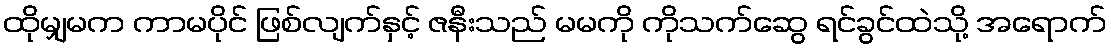
ထိုမျှမက ကာမပိုင် ဖြစ်လျက်နှင့် ဇနီးသည် မမကို ကိုသက်ဆွေ ရင်ခွင်ထဲသို့ အရောက်